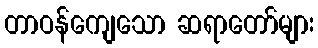
တာဝန်ကျေသော ဆရာတော်များ